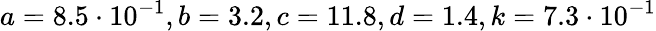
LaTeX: a=8.5\cdot 10^{-1},b=3.2,c=11.8,d=1.4,k=7.3\cdot 10^{-1}